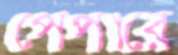
পেপারে